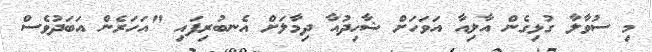
މި ސުވާލާ ގުޅިގެން އާލިއާ އަވަހަށް ޝާހިދުއާ ދިމާލަށް އެނބުރިފައި "އަހަރެން އަބަދުވެސް